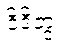
ဝိဒိတွ